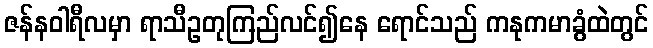
ဇန်နဝါရီလမှာ ရာသီဥတုကြည်လင်၍နေ ရောင်သည် ကနုကမာခွံထဲတွင်